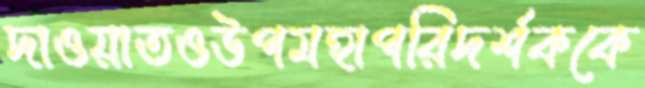
দাওয়াতওউপমহাপরিদর্শককে